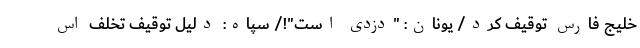
خلیج فارس توقیف کرد/ یونان: "دزدی است"!/ سپاه: دلیل توقیف تخلف اس